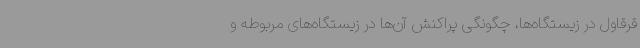
قرقاول در زیستگاه‌ها، چگونگی پراکنش آن‌ها در زیستگاه‌های مربوطه و